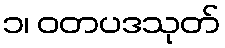
၁၊ ဝတပဒသုတ်